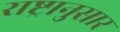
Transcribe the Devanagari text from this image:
राष्ट्रानुसार